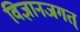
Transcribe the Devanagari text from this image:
विज्ञानजगत्‌